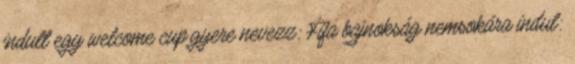
indult egy welcome cup.gyere nevezz: Fifa bajnokság nemsokára indul: